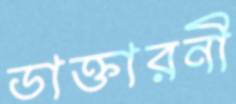
ডাক্তারনী